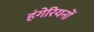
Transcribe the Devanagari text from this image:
हंगेरियनों